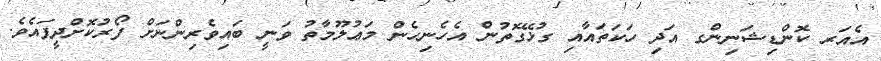
އެއަރ ކޮންޑިޝަނިންގ އަދި ހަކަތައާއި ގުޅޭގޮތުން އެހެނިހެން މަޢުލޫމާތު ވަނީ ބައިވެރިންނަށް ފޯރުކޮށްދީފައެވެ.